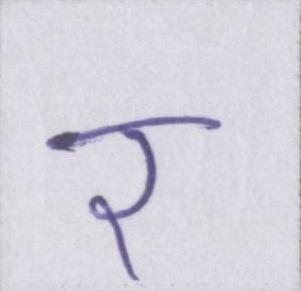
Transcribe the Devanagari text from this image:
र